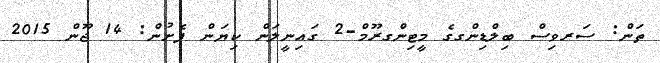
ތަން: ސަރވިސް ބިލްޑިންގގެ މީޓިންގރޫމް-2 ގައިނީލަން ކިޔަން ފެށުން: 14 ޖޫން 2015